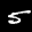
Label: 5